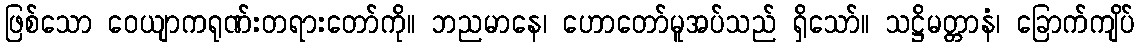
ဖြစ်သော ဝေယျာကရုဏ်းတရားတော်ကို။ ဘညမာနေ၊ ဟောတော်မူအပ်သည် ရှိသော်။ သဋ္ဌိမတ္တာနံ၊ ခြောက်ကျိပ်